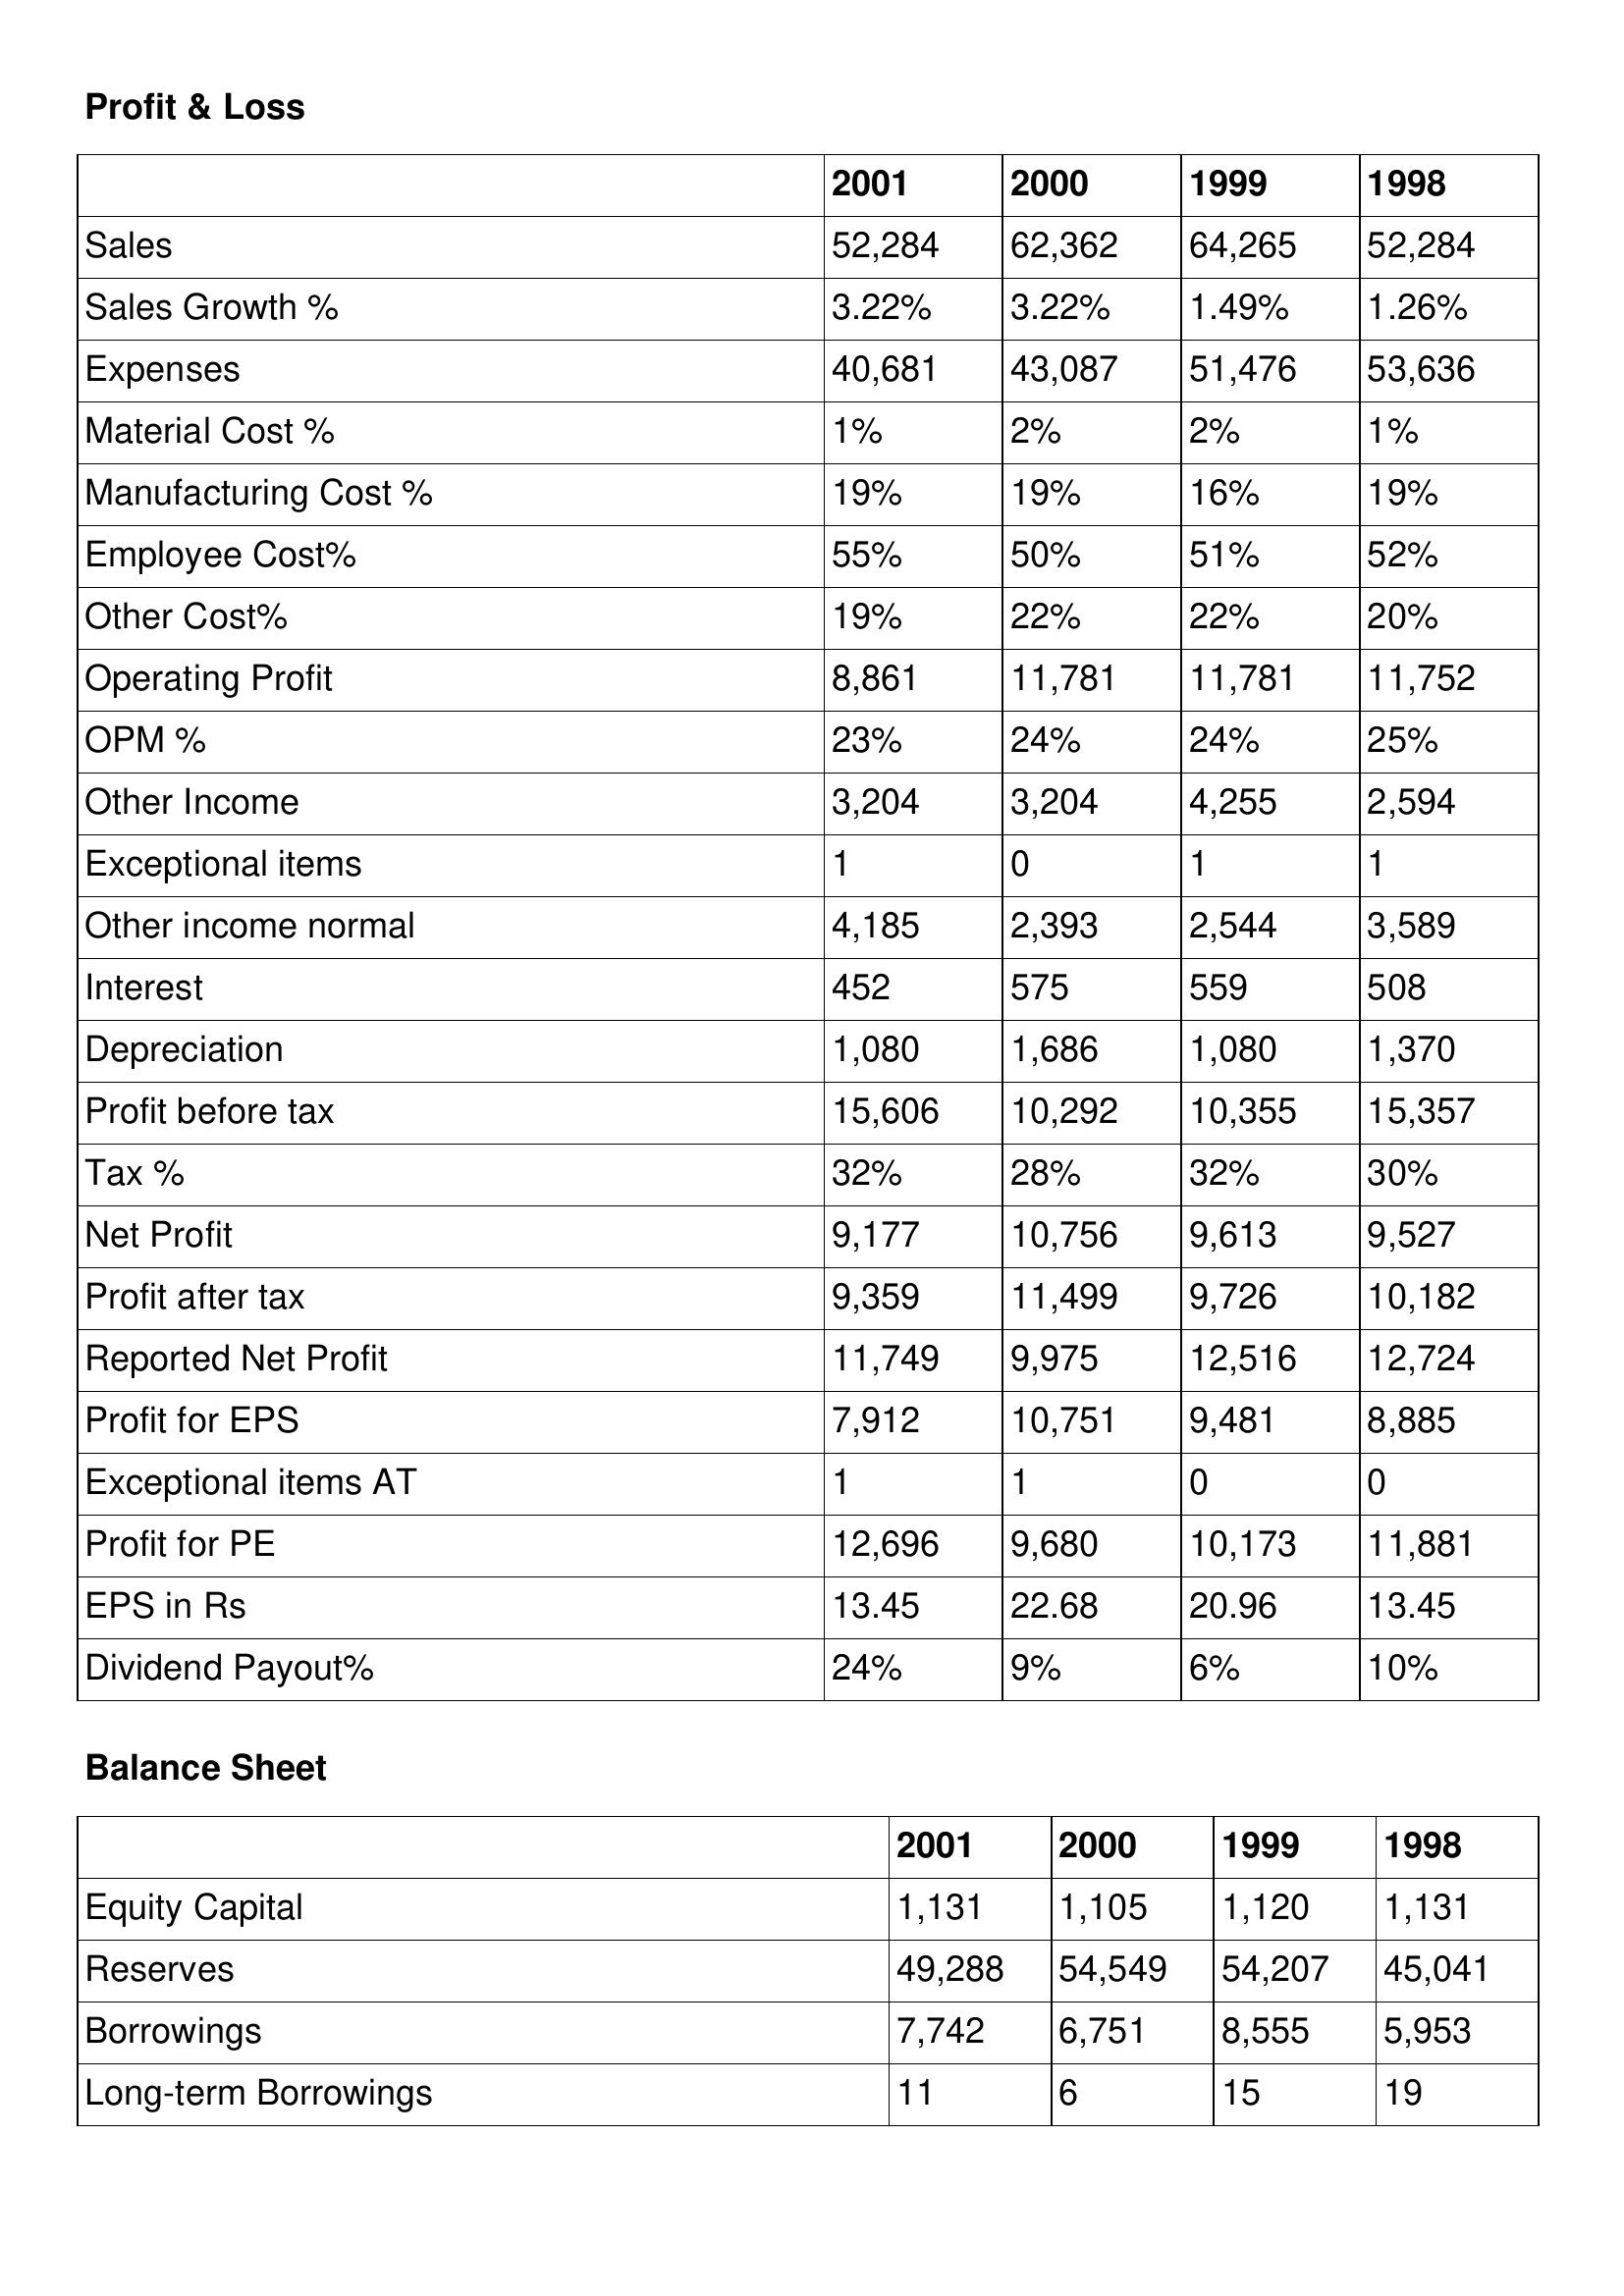
gt_parse: 2001: Profit & Loss: Sales: 52,284
Sales Growth %: 3.22%
Expenses: 40,681
Material Cost %: 1%
Manufacturing Cost %: 19%
Employee Cost%: 55%
Other Cost%: 19%
Operating Profit: 8,861
OPM %: 23%
Other Income: 3,204
Exceptional items: 1
Other income normal: 4,185
Interest: 452
Depreciation: 1,080
Profit before tax: 15,606
Tax %: 32%
Net Profit: 9,177
Profit after tax: 9,359
Reported Net Profit: 11,749
Profit for EPS: 7,912
Exceptional items AT: 1
Profit for PE: 12,696
EPS in Rs: 13.45
Dividend Payout%: 24%
Balance Sheet: Equity Capital: 1,131
Reserves: 49,288
Borrowings: 7,742
Long-term Borrowings: 11
2000: Profit & Loss: Sales: 62,362
Sales Growth %: 3.22%
Expenses: 43,087
Material Cost %: 2%
Manufacturing Cost %: 19%
Employee Cost%: 50%
Other Cost%: 22%
Operating Profit: 11,781
OPM %: 24%
Other Income: 3,204
Exceptional items: 0
Other income normal: 2,393
Interest: 575
Depreciation: 1,686
Profit before tax: 10,292
Tax %: 28%
Net Profit: 10,756
Profit after tax: 11,499
Reported Net Profit: 9,975
Profit for EPS: 10,751
Exceptional items AT: 1
Profit for PE: 9,680
EPS in Rs: 22.68
Dividend Payout%: 9%
Balance Sheet: Equity Capital: 1,105
Reserves: 54,549
Borrowings: 6,751
Long-term Borrowings: 6
1999: Profit & Loss: Sales: 64,265
Sales Growth %: 1.49%
Expenses: 51,476
Material Cost %: 2%
Manufacturing Cost %: 16%
Employee Cost%: 51%
Other Cost%: 22%
Operating Profit: 11,781
OPM %: 24%
Other Income: 4,255
Exceptional items: 1
Other income normal: 2,544
Interest: 559
Depreciation: 1,080
Profit before tax: 10,355
Tax %: 32%
Net Profit: 9,613
Profit after tax: 9,726
Reported Net Profit: 12,516
Profit for EPS: 9,481
Exceptional items AT: 0
Profit for PE: 10,173
EPS in Rs: 20.96
Dividend Payout%: 6%
Balance Sheet: Equity Capital: 1,120
Reserves: 54,207
Borrowings: 8,555
Long-term Borrowings: 15
1998: Profit & Loss: Sales: 52,284
Sales Growth %: 1.26%
Expenses: 53,636
Material Cost %: 1%
Manufacturing Cost %: 19%
Employee Cost%: 52%
Other Cost%: 20%
Operating Profit: 11,752
OPM %: 25%
Other Income: 2,594
Exceptional items: 1
Other income normal: 3,589
Interest: 508
Depreciation: 1,370
Profit before tax: 15,357
Tax %: 30%
Net Profit: 9,527
Profit after tax: 10,182
Reported Net Profit: 12,724
Profit for EPS: 8,885
Exceptional items AT: 0
Profit for PE: 11,881
EPS in Rs: 13.45
Dividend Payout%: 10%
Balance Sheet: Equity Capital: 1,131
Reserves: 45,041
Borrowings: 5,953
Long-term Borrowings: 19